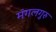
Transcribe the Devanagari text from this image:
मंगलगुरु